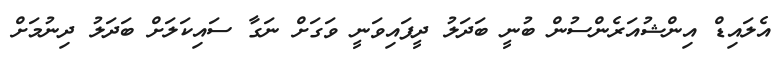
އެލައިޑް އިންޝުއަރެންސުން ބުނީ ބަދަލު ދީފައިވަނީ ވަގަށް ނަގާ ސައިކަލަށް ބަދަލު ދިނުމަށް